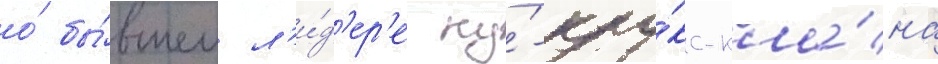
о́ бы́вшем л'и́д'ер'е ку́-клу́кс-кла́на